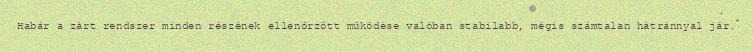
Habár a zárt rendszer minden részének ellenőrzött működése valóban stabilabb, mégis számtalan hátránnyal jár.